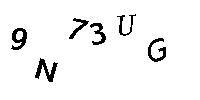
9N73UG